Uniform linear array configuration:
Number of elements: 48
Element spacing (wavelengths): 0.75
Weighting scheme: kaiser
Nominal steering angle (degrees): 15
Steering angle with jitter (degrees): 13.249
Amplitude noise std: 0.05
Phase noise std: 0.05

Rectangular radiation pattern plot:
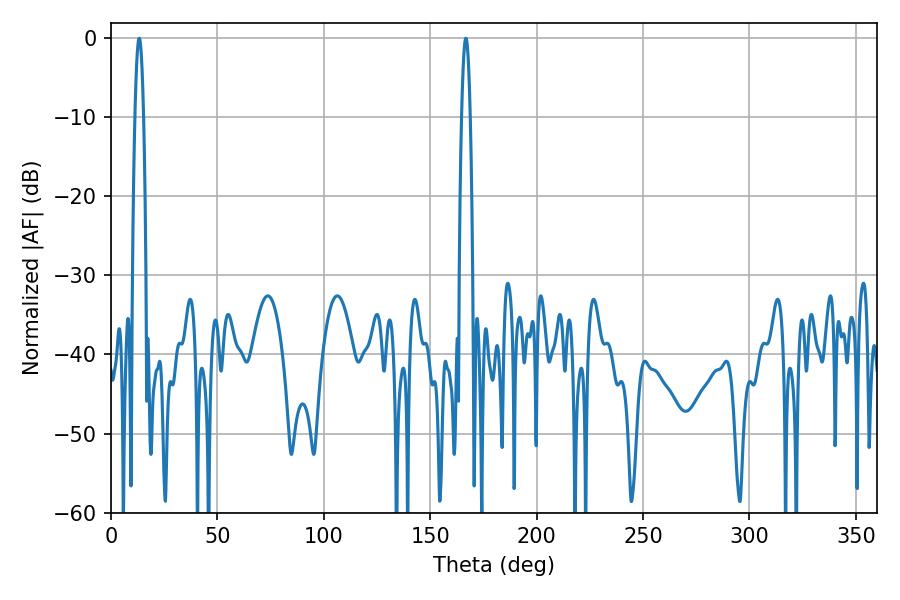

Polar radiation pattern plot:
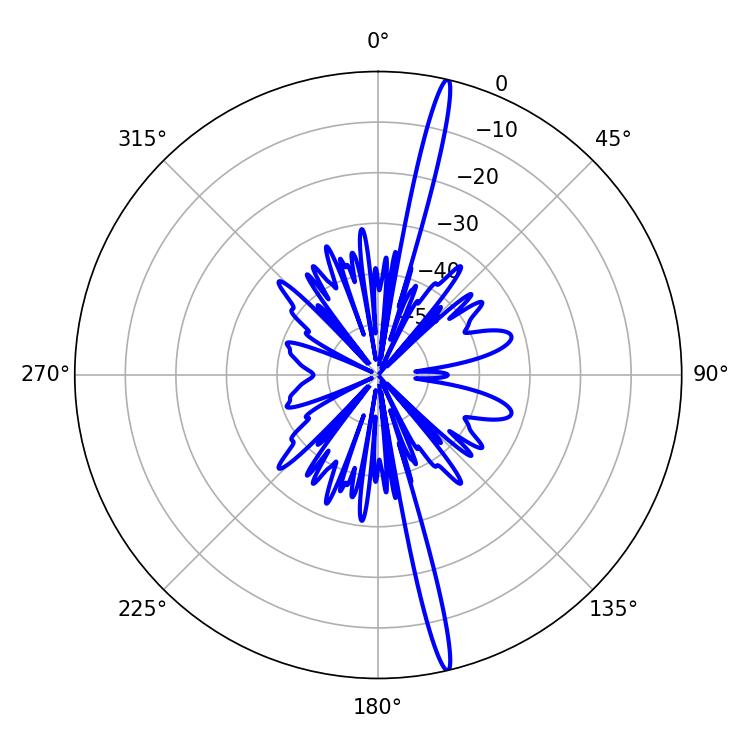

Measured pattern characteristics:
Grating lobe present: TRUE
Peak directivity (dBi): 20.069
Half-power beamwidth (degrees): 2.16
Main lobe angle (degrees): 166.68